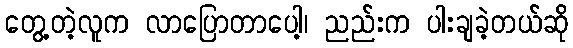
တွေ့တဲ့လူက လာပြောတာပေါ့၊ ညည်းက ပါးချခဲ့တယ်ဆို